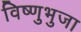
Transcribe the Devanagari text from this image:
विष्णुभुजा